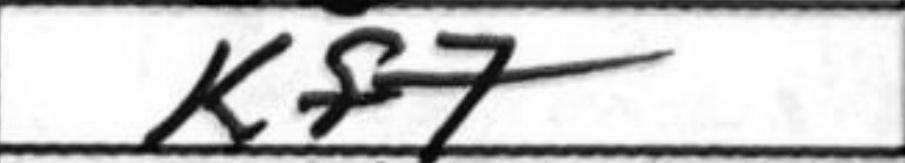
Transcription: Kf7